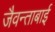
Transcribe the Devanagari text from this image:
जैवन्ताबाई